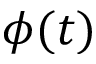
\phi ( t )